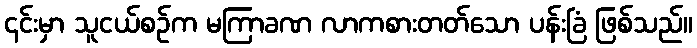
၎င်းမှာ သူငယ်စဉ်က မကြာခဏ လာကစားတတ်သော ပန်းခြံ ဖြစ်သည်။